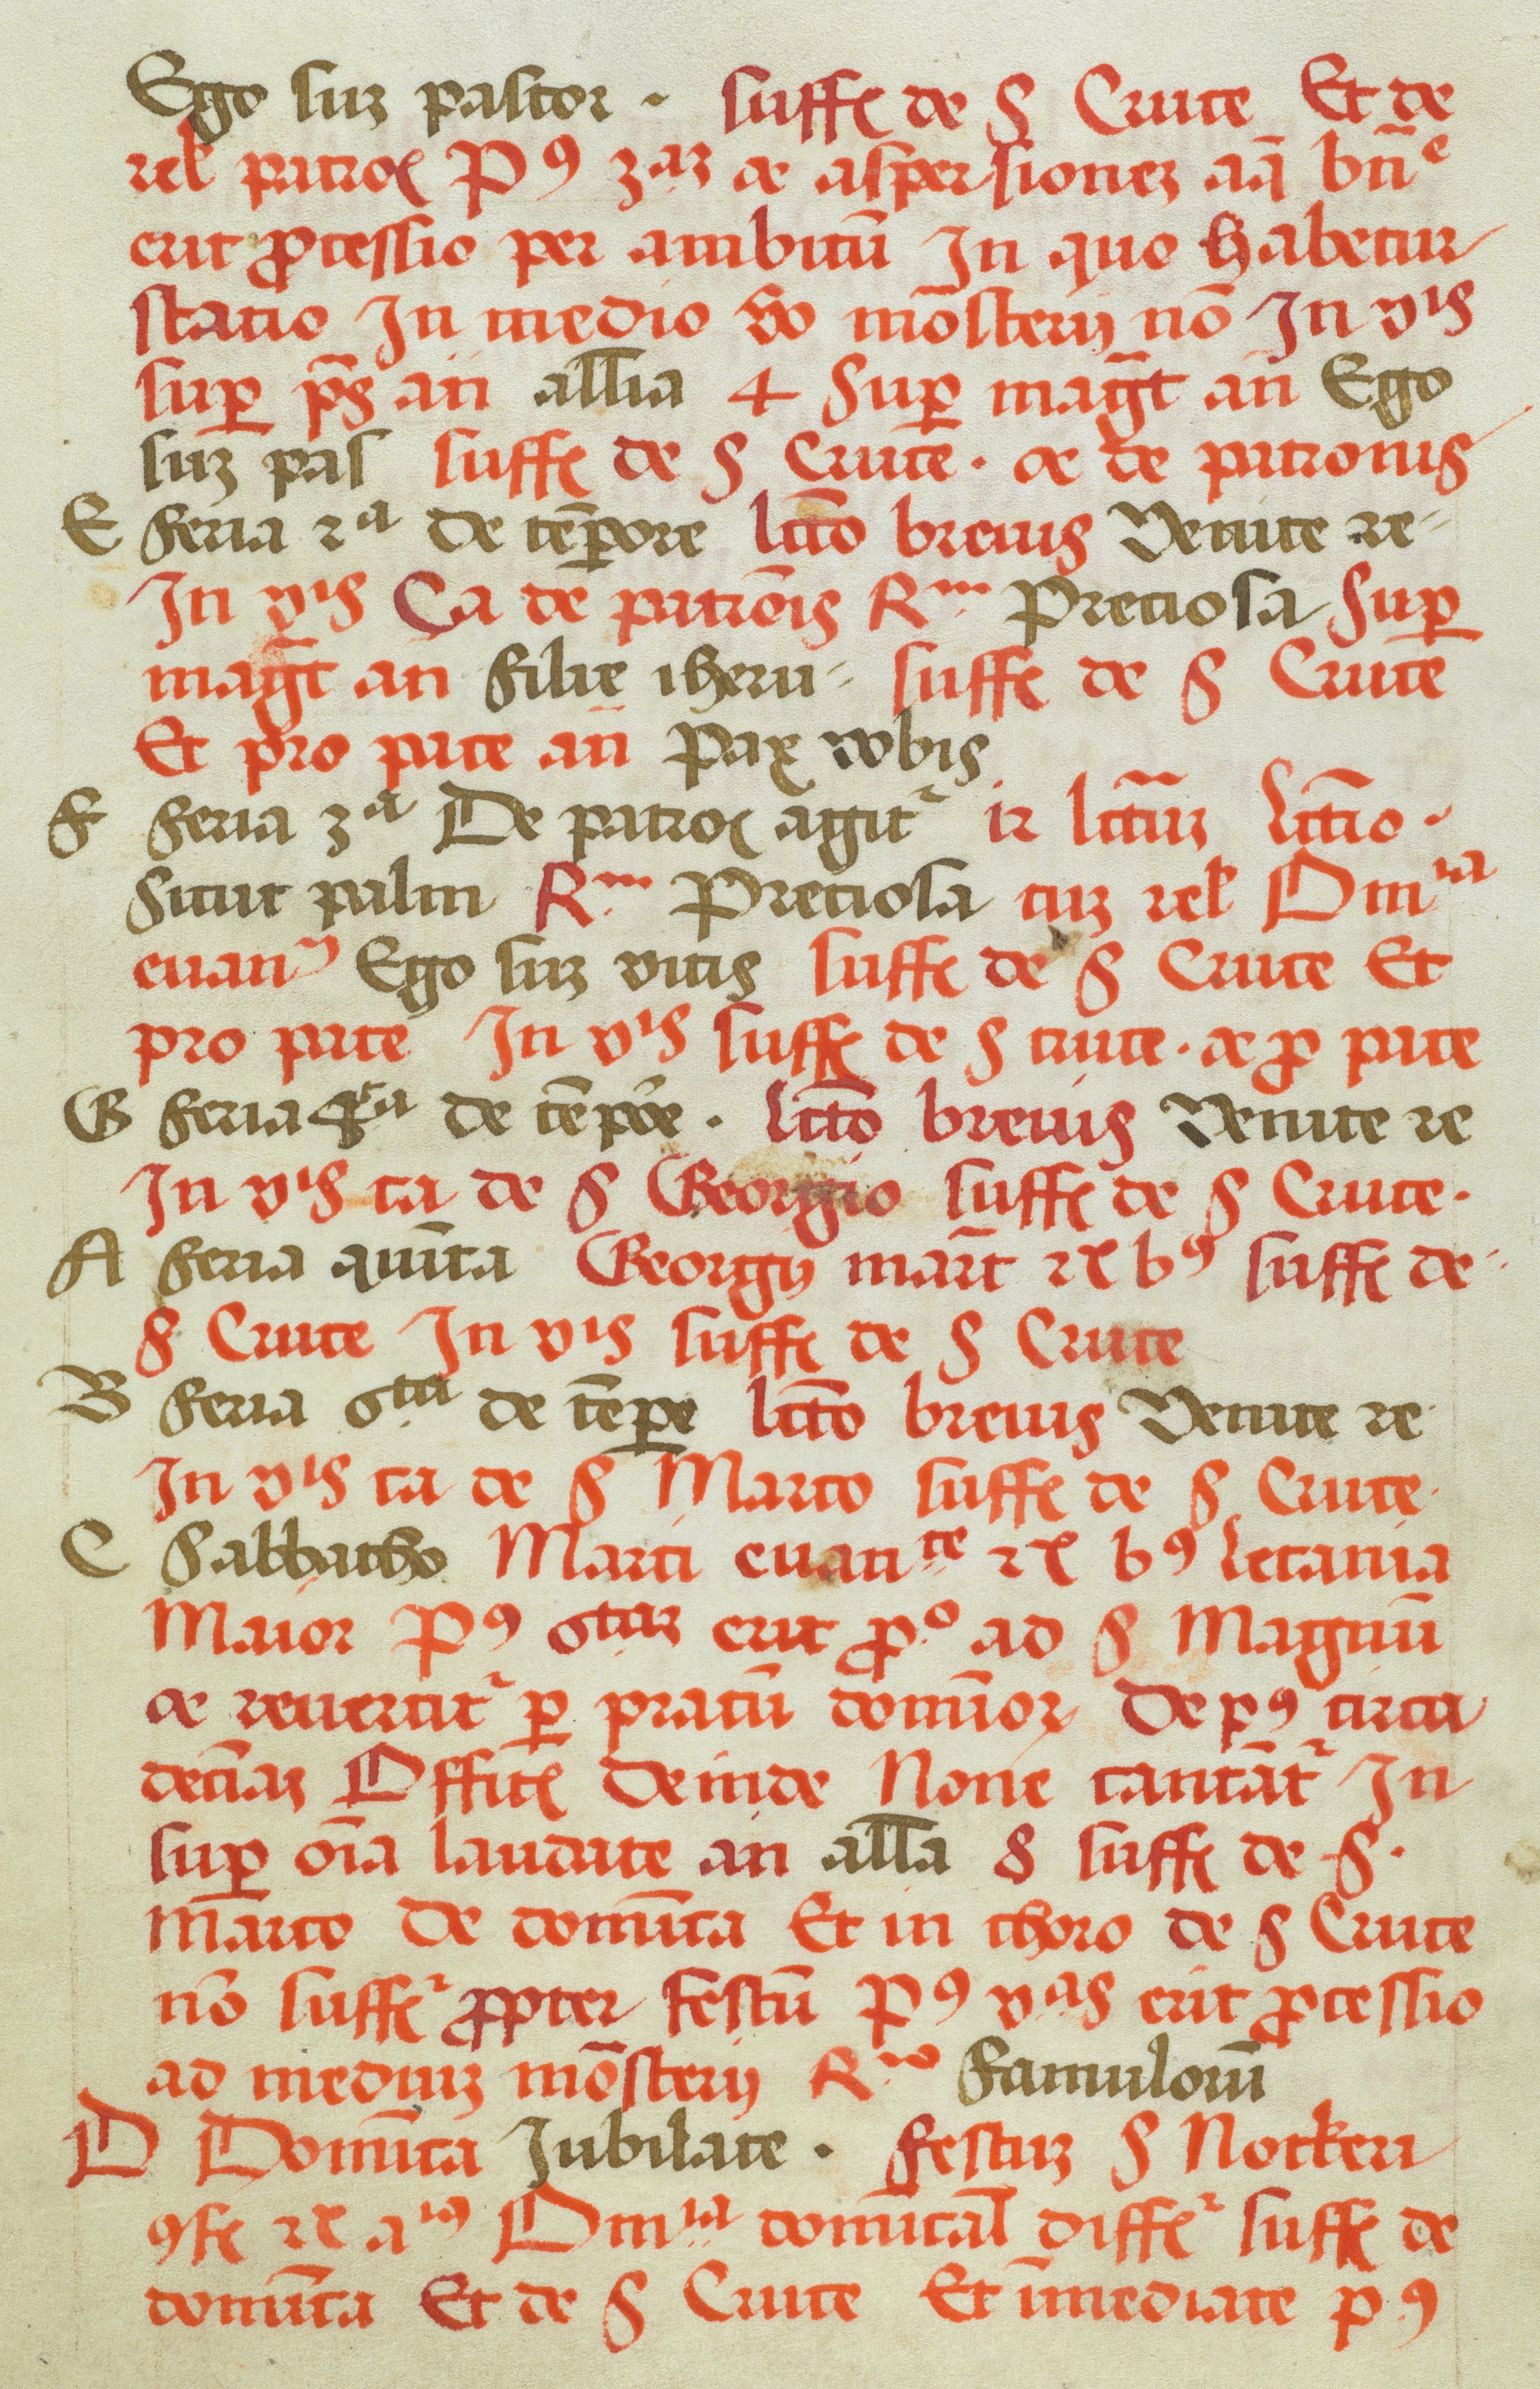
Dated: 1505–1535